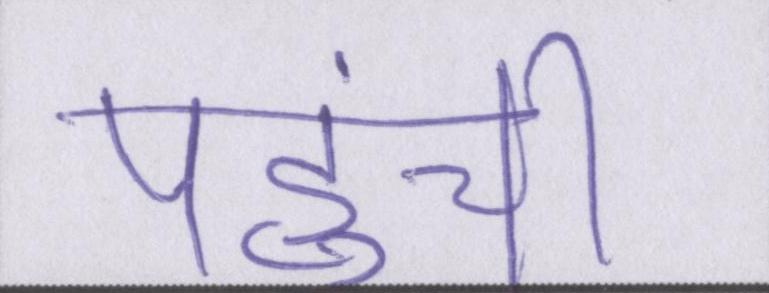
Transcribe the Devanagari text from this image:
पहुंची।